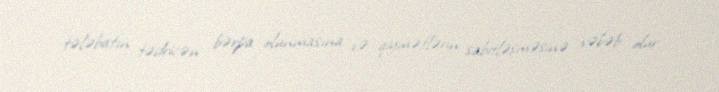
tələbatın tədricən bərpa olunmasına və qiymətlərin sabitləşməsinə səbəb olur.